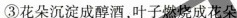
③花朵沉淀成醇酒，叶子燃烧成花朵